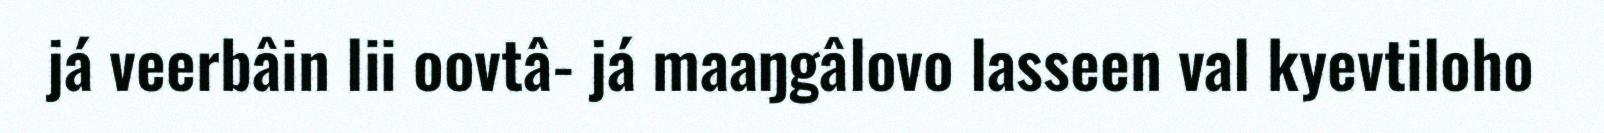
já veerbâin lii oovtâ- já maaŋgâlovo lasseen val kyevtiloho